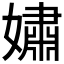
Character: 𫱷